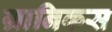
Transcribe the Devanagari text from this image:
ग्रानिकस